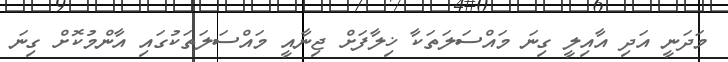
މަދަނީ އަދި އާއިލީ ގިނަ މައްސަލަތަކާ ޚިލާފަށް ޖިނާއީ މައްސަލަތަކުގައި އާންމުކޮށް ގިނަ